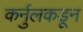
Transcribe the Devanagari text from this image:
कर्नुलकडून